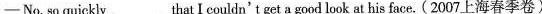
-No, so quickly___that I couldn't get a good look at his face. (2007上海春季卷)